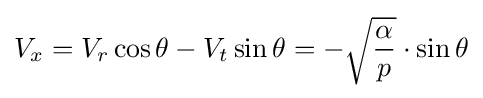
V_{x}=V_{r}\cos \theta -V_{t}\sin \theta =-{\sqrt {\frac {\alpha }{p}}}\cdot \sin \theta